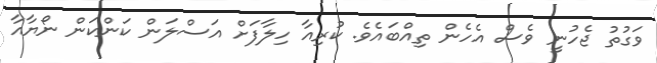
ވަގުތު ޖެހުނީ ވެސް އެހެން ތިއްބައެވެ. ކުރިއާ ހިލާފަށް އަސްލަން ކަންކަން ނޯޔާއާ